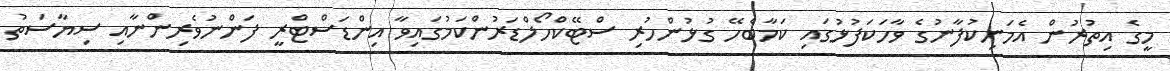
މީގެ އިތުރުން އެމަނިކުފާނުގެ ވާހަކަފުޅުގައި ކަމާބެހޭ ގުޅުންހުރި ސްޓޭކްހޯލްޑަރުންކަމުގައިވާ އިންޑަސްޓްރީ ފަންނުވެރިންނާއި ސިޔާސަތު